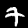
Digit: 7